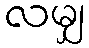
လမျှ